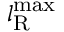
l _ { \mathrm { R } } ^ { \operatorname* { m a x } }